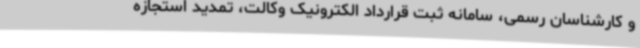
و کارشناسان رسمی، سامانه ثبت قرارداد الکترونیک وکالت، تمدید استجازه